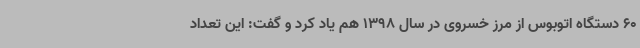
60 دستگاه اتوبوس از مرز خسروی در سال 1398 هم یاد کرد و گفت: این تعداد